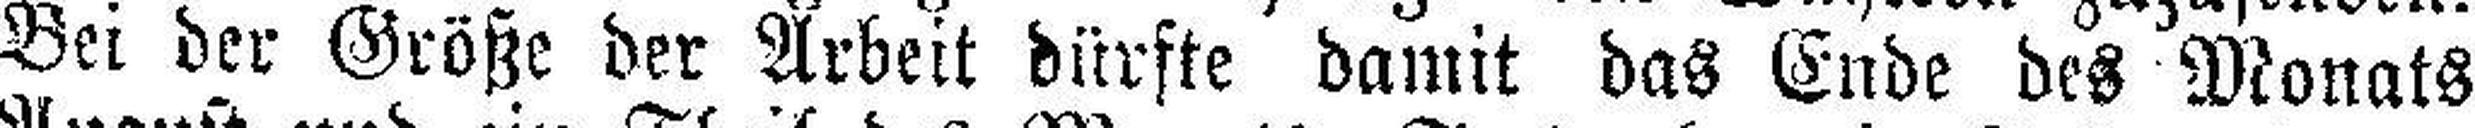
Bei der Größe der Arbeit dürfte damit das Ende des Monats